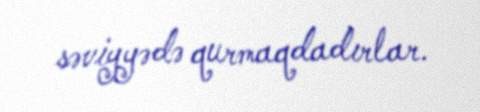
səviyyədə qurmaqdadırlar.